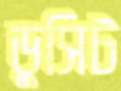
ডুসিট